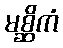
မစ္ဆိကံ